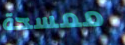
ممسحة